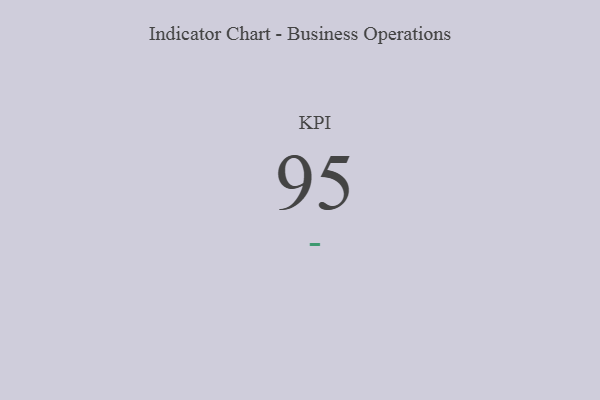
{"axis": {"x": "KPI", "y": "Value"}, "legend": [""], "data": [{"x": "KPI", "y": 95, "type": ""}]}